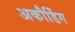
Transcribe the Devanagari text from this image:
अकौर्डिंग